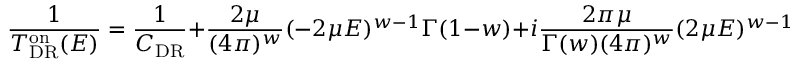
\frac { 1 } { T _ { \mathrm { D R } } ^ { \mathrm { o n } } ( E ) } = \frac { 1 } { C _ { \mathrm { D R } } } + \frac { 2 \mu } { ( 4 \pi ) ^ { w } } ( - 2 \mu E ) ^ { w - 1 } \Gamma ( 1 - w ) + i \frac { 2 \pi \mu } { \Gamma ( w ) ( 4 \pi ) ^ { w } } ( 2 \mu E ) ^ { w - 1 } .